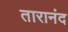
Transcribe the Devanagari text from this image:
तारानंद